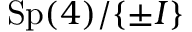
\mathrm { S p } ( 4 ) / \{ \pm I \}